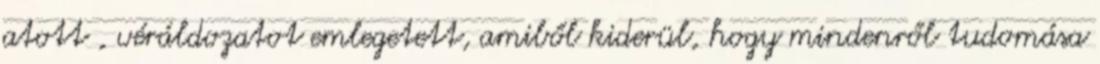
atott , véráldozatot emlegetett, amiből kiderül, hogy mindenről tudomása